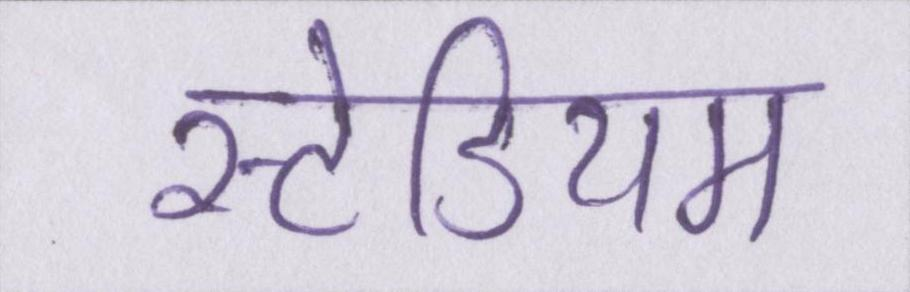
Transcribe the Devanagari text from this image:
स्टेडियम